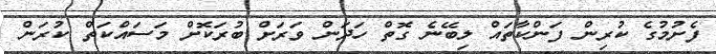
ފެށުމުގެ ކުރިން ފަންކާތައް ލިބޭނެ ގޮތް ހަދަން ވަރަށް ބުރަކޮށް މަސައްކަތް ކުރަން